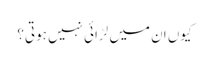
کیوں ان میں لڑائی نہیں ہوتی؟